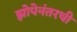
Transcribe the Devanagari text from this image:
झोपेनंतरची